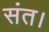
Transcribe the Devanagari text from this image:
संत।